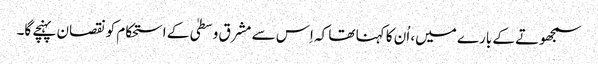
سمجھوتے کے بارے میں، اُن کا کہنا تھا کہ اِس سے مشرق وسطیٰ کے استحکام کو نقصان پہنچے گا۔